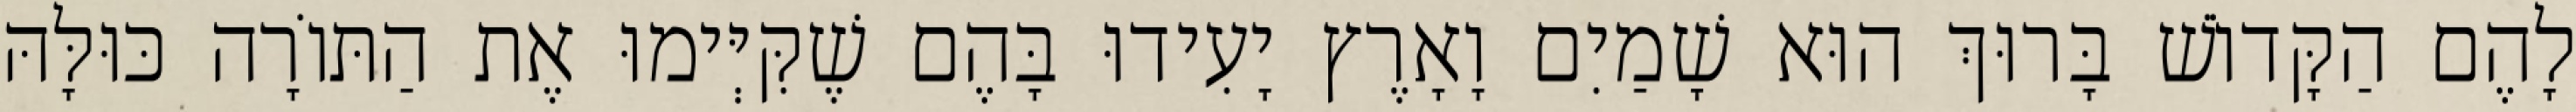
לָהֶם הַקָּדוֹשׁ בָּרוּךְ הוּא שָׁמַיִם וָאָרֶץ יָעִידוּ בָּהֶם שֶׁקִּיְּימוּ אֶת הַתּוֹרָה כּוּלָּהּ